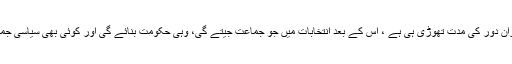
ایسے ”بابو“ یہ کیوں نہیں سمجھتے کہ نگران دور کی مدت تھوڑی ہی ہے ، اس کے بعد انتخابات میں جو جماعت جیتے گی، وہی حکومت بنائے گی اور کوئی بھی سیاسی جماعت کارکنوں کو بے روزگار نہیں کرتی ۔